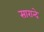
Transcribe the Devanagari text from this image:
सारान्दे